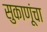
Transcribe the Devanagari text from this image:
सुकाणूंचा